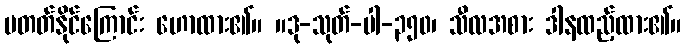
မတတ်နိုင်ကြောင်း ဟောထား၏။ ။ဒု-သုတ်-ပါ-၃၅၀၊ သီလအစား ဒါနထည့်ထား၏။